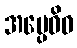
အပ္ပေဝိဓ